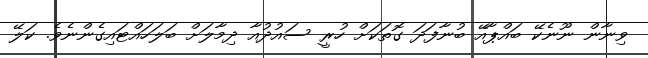
ވިނާން ނޫނެކޭ ބައްޕާއޭ ބުނާފަދަ ގޮތަކަށް ހުރީ ސައުދުއާ ދިމާލަށް ބަލަހައްޓައިގެންނެވެ. ކަލޭ